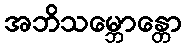
အဘိသမ္ဘောန္တော